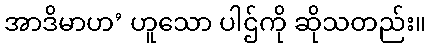
အာဒိမာဟ’ ဟူသော ပါဌ်ကို ဆိုသတည်း။